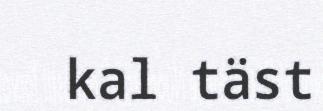
kal täst